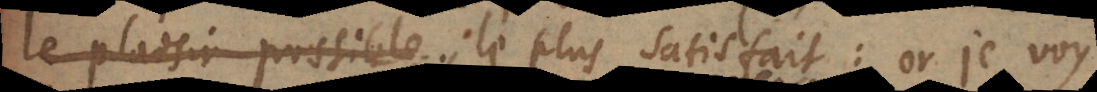
le plaisir possible le plus satisfait: or je voy